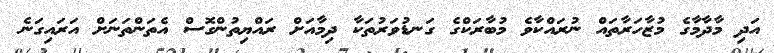
އަދި މާދާމާގެ މުޒާހަރާތައް ނުރައްކާވެ މުބާރަކްގެ ގަނޑުވަރުތަކާ ދިމާއަށް ރައްޔިތުންގޮސް އެތަންތަނަށް އަރައިގަނެ